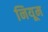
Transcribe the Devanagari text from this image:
नियूम